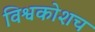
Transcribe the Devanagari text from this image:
विश्वकोशच